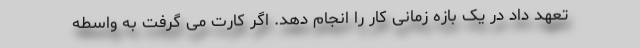
تعهد داد در یک بازه زمانی کار را انجام دهد. اگر کارت می گرفت به واسطه